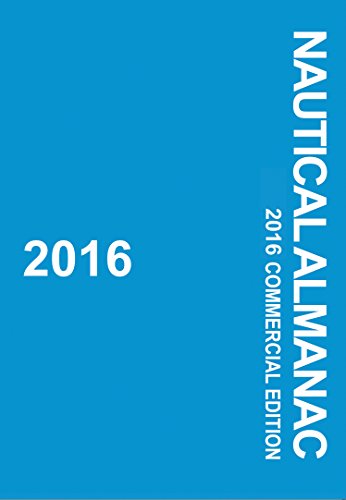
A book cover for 2016 Nautical Almanac; UK Hydrographic; Reference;